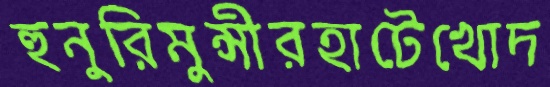
হুনুরিমুন্সীরহাটেখোদ